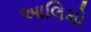
આલિમો